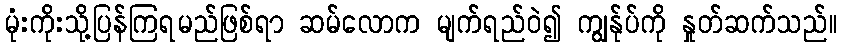
မုံးကိုးသို့ပြန်ကြရမည်ဖြစ်ရာ ဆမ်လောက မျက်ရည်ဝဲ၍ ကျွန်ုပ်ကို နှုတ်ဆက်သည်။